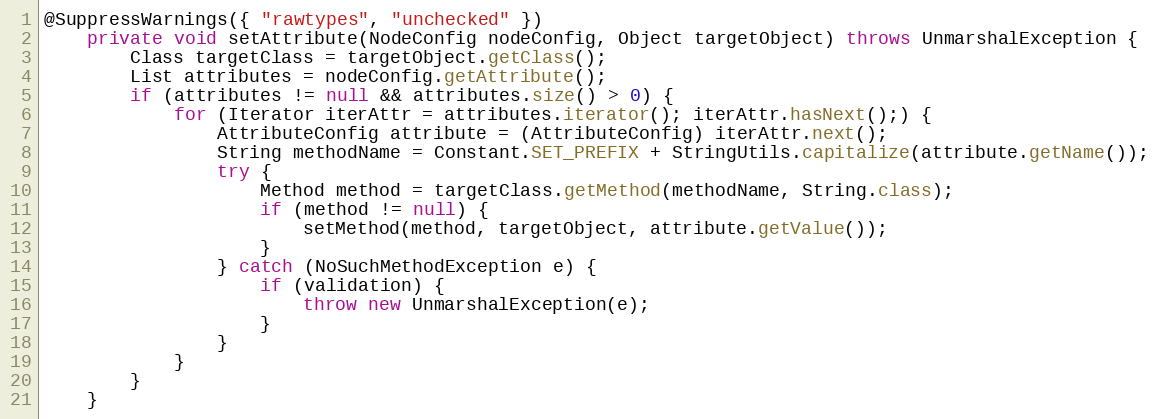
Language: Java
@SuppressWarnings({ "rawtypes", "unchecked" })
	private void setAttribute(NodeConfig nodeConfig, Object targetObject) throws UnmarshalException {
		Class targetClass = targetObject.getClass();
		List attributes = nodeConfig.getAttribute();
		if (attributes != null && attributes.size() > 0) {
			for (Iterator iterAttr = attributes.iterator(); iterAttr.hasNext();) {
				AttributeConfig attribute = (AttributeConfig) iterAttr.next();
				String methodName = Constant.SET_PREFIX + StringUtils.capitalize(attribute.getName());
				try {
					Method method = targetClass.getMethod(methodName, String.class);
					if (method != null) {
						setMethod(method, targetObject, attribute.getValue());
					}
				} catch (NoSuchMethodException e) {
					if (validation) {
						throw new UnmarshalException(e);
					}
				}
			}
		}
	}